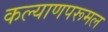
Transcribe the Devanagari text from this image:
कल्याणपरूमल